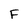
Character: F